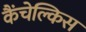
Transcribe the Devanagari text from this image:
कैंचेल्किस